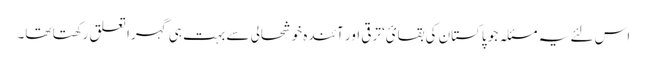
اس لئے یہ مسئلہ جو پاکستان کی بقائ‘ ترقی اور آئندہ خوشحالی سے بہت ہی گہرا تعلق رکھتا تھا۔